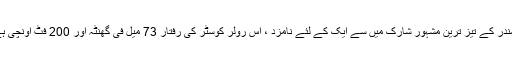
سمندر کے تیز ترین مشہور شارک میں سے ایک کے لئے نامزد ، اس رولر کوسٹر کی رفتار 73 میل فی گھنٹہ اور 200 فٹ اونچی ہے۔